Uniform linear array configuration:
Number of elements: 12
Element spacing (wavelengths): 0.75
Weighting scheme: binomial
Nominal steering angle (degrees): -30
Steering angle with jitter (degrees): -29.852
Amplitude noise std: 0.05
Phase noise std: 0.05

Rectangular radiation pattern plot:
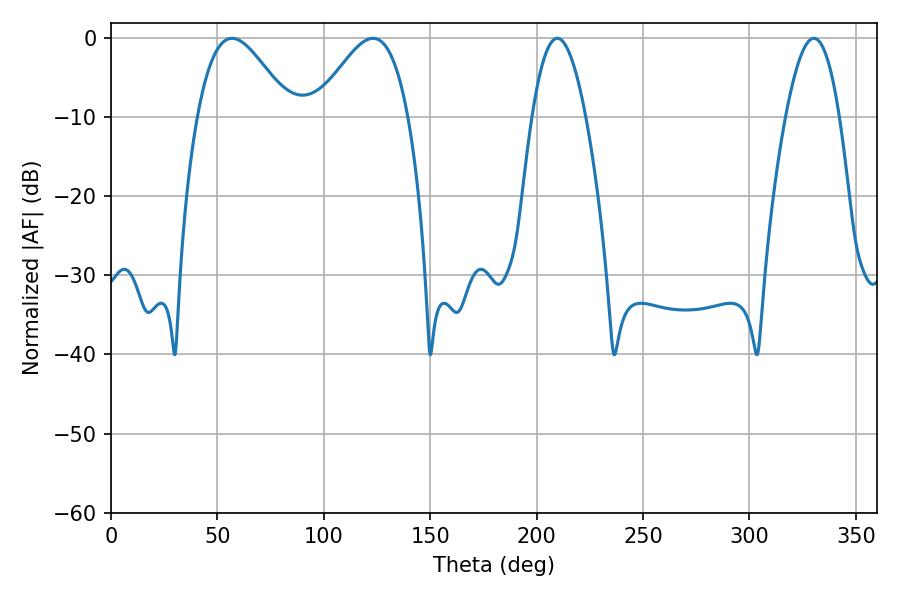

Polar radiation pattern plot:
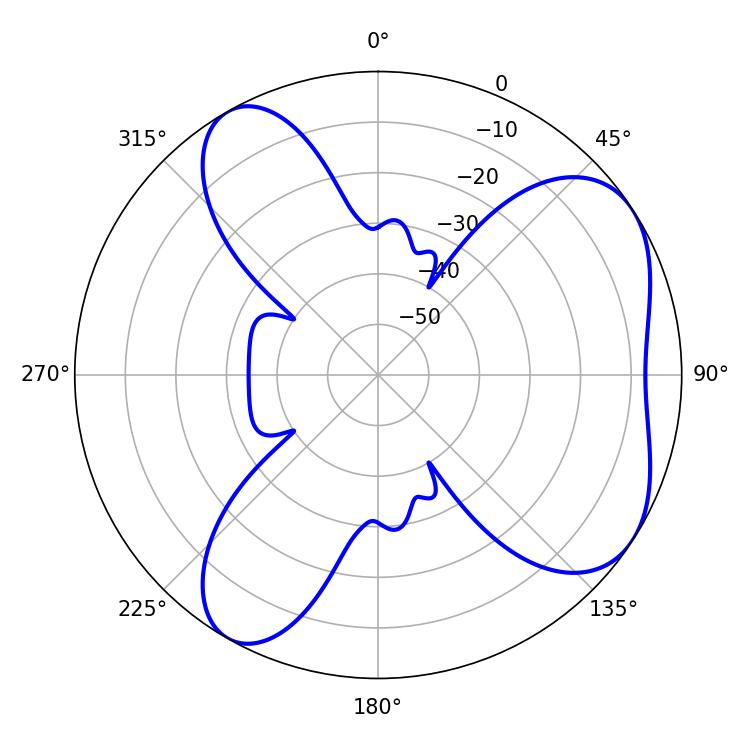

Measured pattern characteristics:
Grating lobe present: TRUE
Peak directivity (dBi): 5.73
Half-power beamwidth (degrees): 23.4
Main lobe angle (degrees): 56.88